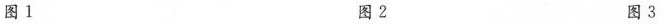
图1 图2 图3